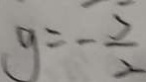
g = - \frac { 5 } { 2 }